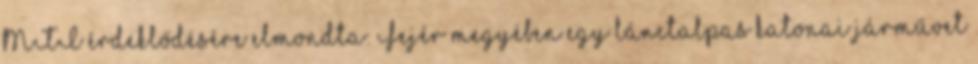
MTI érdeklődésére elmondta: Fejér megyében egy lánctalpas katonai járművet